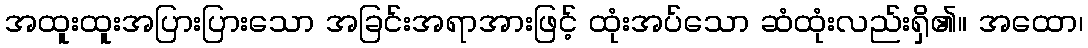
အထူးထူးအပြားပြားသော အခြင်းအရာအားဖြင့် ထုံးအပ်သော ဆံထုံးလည်းရှိ၏။ အထော၊